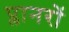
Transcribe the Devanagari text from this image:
प्लानरों